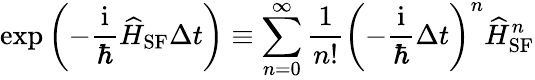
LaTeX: \exp\left(-\frac{\mathrm{i}}{\hbar}\widehat{H}_{\mathrm{SF}}\Delta t\right)\equiv\sum_{n=0}^{\infty}\frac{1}{n!}\left(-\frac{\mathrm{i}}{\hbar}\Delta t\right)^{n}\widehat{H}_{\mathrm{SF}}^{n}